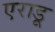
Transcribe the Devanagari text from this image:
एराडू